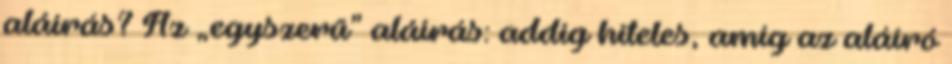
aláírás? Az „egyszerű” aláírás: addig hiteles, amíg az aláíró